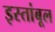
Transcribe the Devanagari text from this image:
इस्तांबूल